Code of medical and sanitary regulations for the guidance of medical officers serving in the Madras Presidency - Volume I
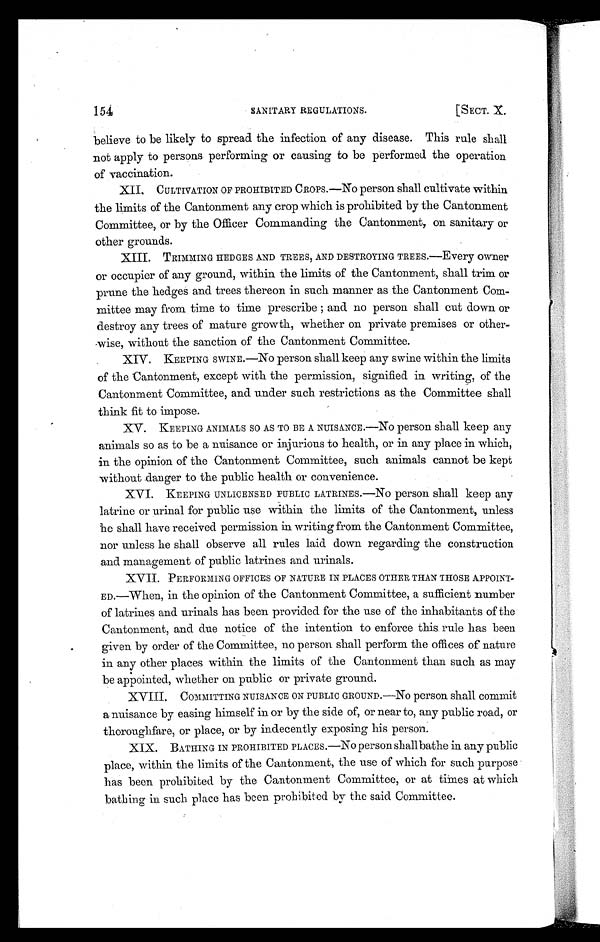
154
SANITARY REGULATIONS.
[SECT. X.
believe to be likely to spread the infection of any disease. This rule shall
not apply to persons performing or causing to be performed the operation
of vaccination.
XII. CULTIVATION OF PROHIBITED CROPS.—NO person shall cultivate within
the limits of the Cantonment any crop which is prohibited by the Cantonment
Committee, or by the Officer Commanding the Cantonment, on sanitary or
other grounds.
XIII. TRIMMING HEDGES AND TREES, AND DESTROYING TREES.—Every owner
or occupier of any ground, within the limits of the Cantonment, shall trim or
prune the hedges and trees thereon in such manner as the Cantonment Com-
mittee may from time to time prescribe and no person shall cut down or
destroy any trees of mature growth, whether on private premises or other-
wise, without the sanction of the Cantonment Committee.
XIV. KEEPING SWINE.—No person shall keep any swine within the limits
of the Cantonment, except with the permission, signified in writing, of the
Cantonment Committee, and under such restrictions as the Committee shall
think fit to impose.
XV. KEEPING ANIMALS SO AS TO BE A NUISANCE.—NO person shall keep any
animals so as to be a nuisance or injurious to health, or in any place in which,
in the opinion of the Cantonment Committee, such animals cannot be kept
without danger to the public health or convenience.
XVI. KEEPING UNLICENSED PUBLIC LATRINES.—No person shall keep any
latrine or urinal for public use within the limits of the Cantonment, unless
he shall have received permission in writing from the Cantonment Committee,
nor unless he shall observe all rules laid down regarding the construction
and management of public latrines and urinals.
XVII. PERFORMING OFFICES OF NATURE IN PLACES OTHER THAN THOSE APPOINT-
ED.—When, in the opinion of the Cantonment Committee, a sufficient number
of latrines and urinals has been provided for the use of the inhabitants of the
Cantonment, and due notice of the intention to enforce this rule has been
given by order of the Committee, no person shall perform the offices of nature
in any other places within the limits of the Cantonment than such as may
be appointed, whether on public or private ground.
XVIII. COMMITTING NUISANCE ON PUBLIC GROUND.—No person shall commit
a nuisance by easing himself in or by the side of, or near to, any public road, or
thoroughfare, or place, or by indecently exposing his person.
XIX. BATHING IN PROHIBITED PLACES.—NO person shall bathe in any public
place, within the limits of the Cantonment, the use of which for such purpose
has been prohibited by the Cantonment Committee, or at times at which
bathing in such place has been prohibited by the said Committee.